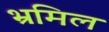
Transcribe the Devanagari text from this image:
भ्रमिल